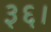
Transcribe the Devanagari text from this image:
३६।